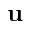
\mathbf { u }